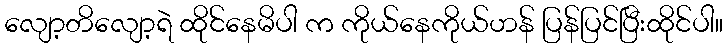
လျော့တိလျော့ရဲ ထိုင်နေမိပါ က ကိုယ်နေကိုယ်ဟန် ပြန်ပြင်ပြီးထိုင်ပါ။